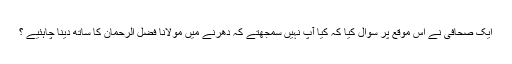
ایک صحافی نے اس موقع پر سوال کیا کہ کیا آپ نہیں سمجھتے کہ دھرنے میں مولانا فضل الرحمان کا ساتھ دینا چاہئیے ؟